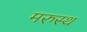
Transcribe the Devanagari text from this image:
मरुस्थ